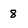
Character: 8